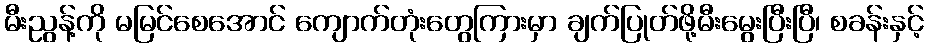
မီးညွန့်ကို မမြင်စေအောင် ကျောက်တုံးတွေကြားမှာ ချက်ပြုတ်ဖို့မီးမွေးပြီးပြီ၊ စခန်းနှင့်